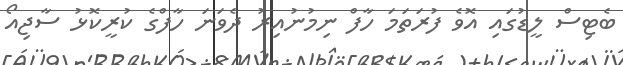
ބެޓިސް ލީޑުގައި އޮވެ ފުރަތަމަ ހާފް ނިމުނުއިރު ދެވަނަ ހާފްގެ ކުރީކޮޅު ސާޖިއޯ